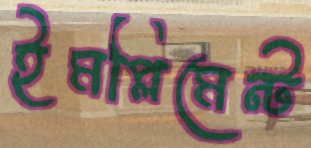
ইমপ্লিমেন্ট